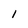
Character: l